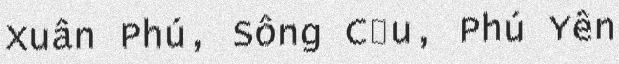
Xuân Phú, Sông Cầu, Phú Yên